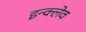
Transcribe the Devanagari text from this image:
इन्क्लेव